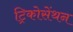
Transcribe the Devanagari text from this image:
ट्रिकोसेंथन